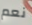
نعم